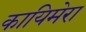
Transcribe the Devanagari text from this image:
कायिमेरा